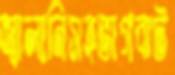
জ্বালানিসহভাগবাট